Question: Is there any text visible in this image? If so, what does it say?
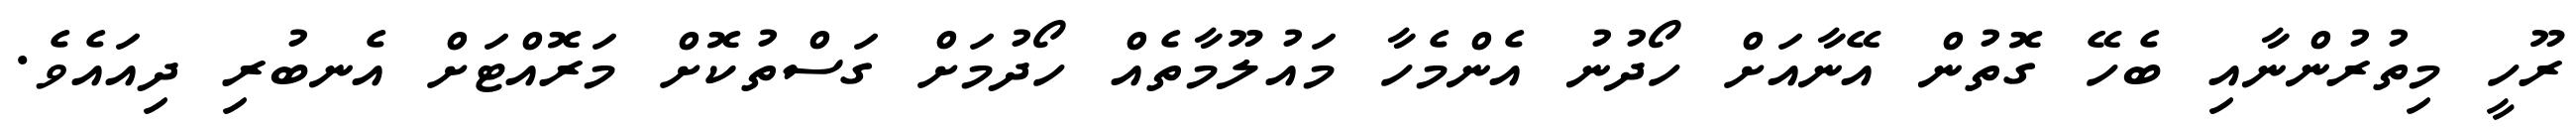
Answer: ރޫހީ މިތުރުންނާއި ބެހޭ ގޮތުން އޭނާއަށް ހޯދުނު އެންމެހާ މައުލޫމާތެއް ހޯދުމަށް ގަސްތުކޮށް މަރޮއްޓަށް އެނބުރި ދިއައެވެ.